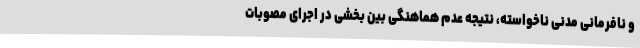
و نافرمانی مدنی ناخواسته، نتیجه عدم هماهنگی بین بخشی در اجرای مصوبات